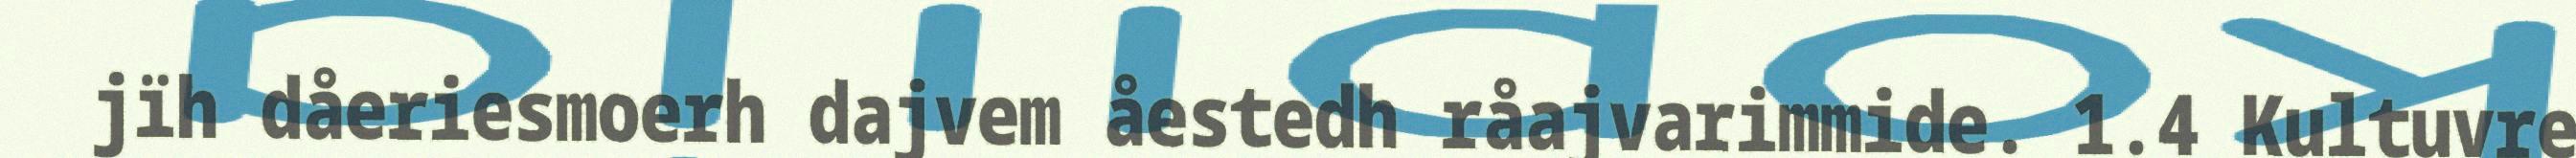
jïh dåeriesmoerh dajvem åestedh råajvarimmide. 1.4 Kultuvre